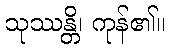
သုဿန္တိ၊ ကုန်၏။